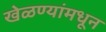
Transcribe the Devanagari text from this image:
खेळण्यांमधून